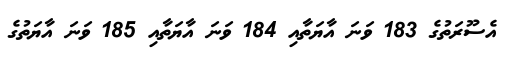
އެސޫރަތުގެ 183 ވަނަ އާޔަތާއި 184 ވަނަ އާޔަތާއި 185 ވަނަ އާޔަތުގެ